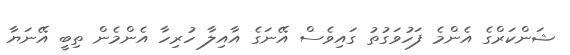
ޝަންކަރްގެ އެންމެ ފަހުވަގުތު ގައިވެސް އޭނަގެ އާއިލާ ހުރިހާ އެންމެން ތިބީ އޭނަޔާ